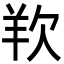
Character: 𭭋